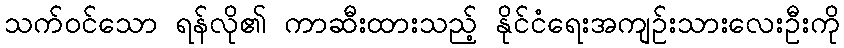
သက်ဝင်သော ရန်လို၏ ကာဆီးထားသည့် နိုင်ငံရေးအကျဉ်းသားလေးဦးကို